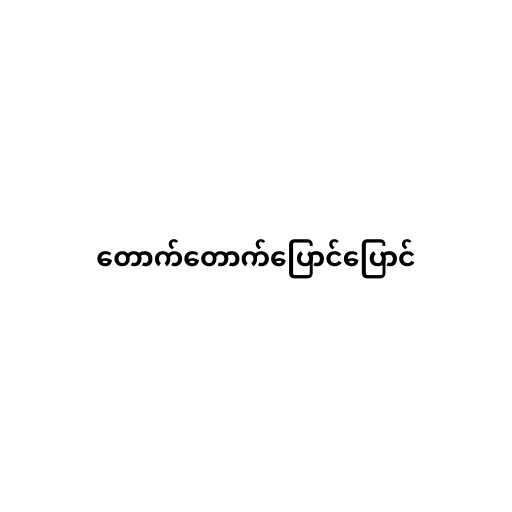
တောက်တောက်ပြောင်ပြောင်